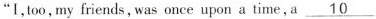
“I,too my friends, was once upon a time,a\underline{10}